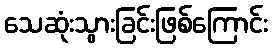
သေဆုံးသွားခြင်းဖြစ်ကြောင်း